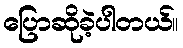
ပြောဆိုခဲ့ပါတယ်။